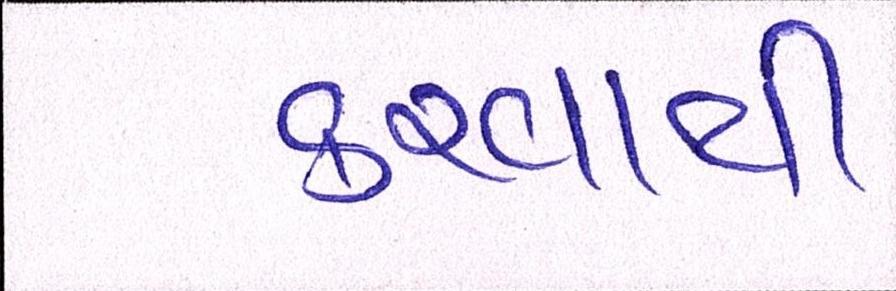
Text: કરવાથી